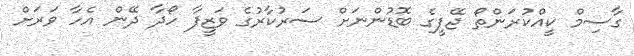
ގާސިމް ކީއްކުރަންތޯ ޖޭޕީގެ ބޮޑުންނަށް ސަރުކާރުގެ ވަޒީފާ ހޯދާ ދޭން އެހާ ވަރަށް